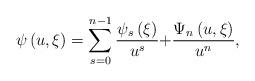
LaTeX: \begin{align*}\psi \left( u,\xi \right) =\sum\limits_{s=0}^{n-1}\frac{\psi {_{s}\left( \xi\right) }}{u^{s}}{+}\frac{{\Psi }_{n}\left( u,\xi \right) }{u^{n}},\end{align*}